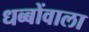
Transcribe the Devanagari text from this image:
धब्बोंवाला